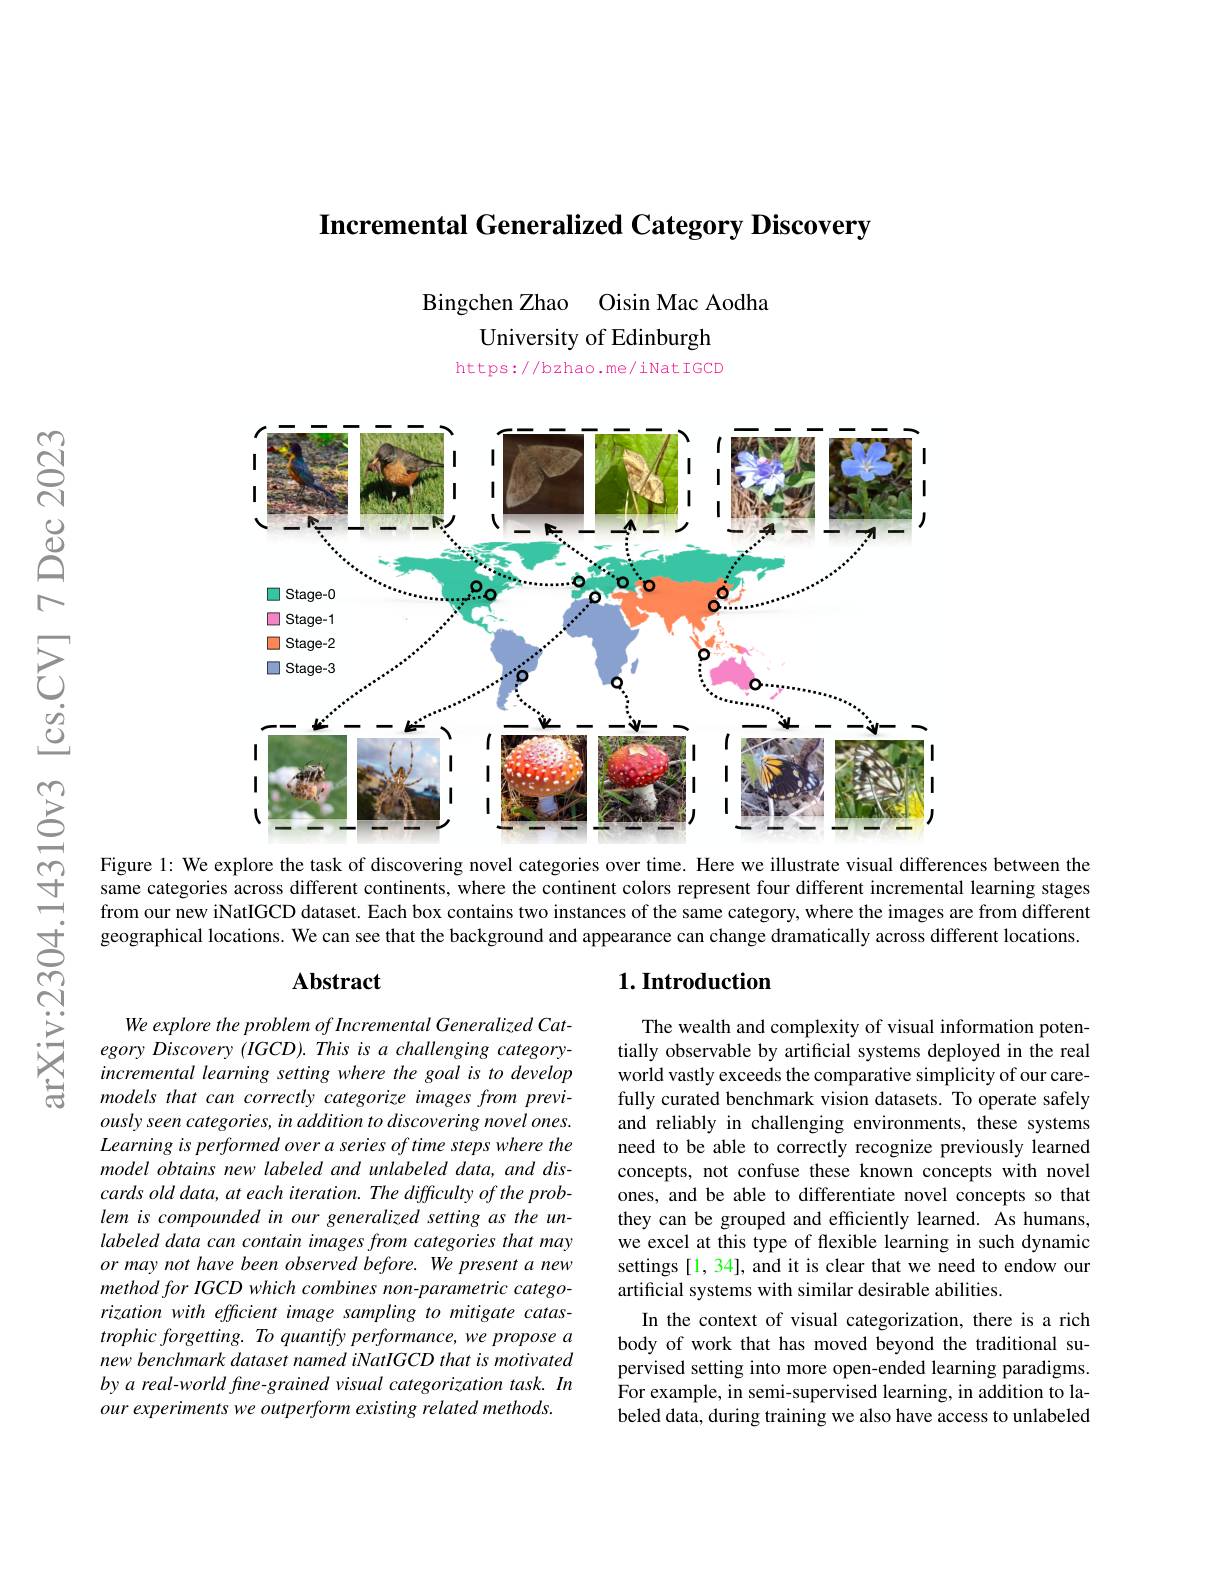
Incremental Generalized Category Discovery

Bingchen Zhao Oisin Mac Aodha
University of Edinburgh https://bzhao.me/iNatIGCD

<FigureHere>
Figure l: We explore the task of discovering novel categories over time. Here we illustrate visual differences between the

same categories across different continents, where the continent colors represent four different incremental learning stages from our new iNatIGCD dataset. Each box contains two instances of the same category, where the images are from different geographical locations. We can see that the background and appearance can change dramatically across different locations.

### $\mathbf{Abstract}$

### $1. \textbf{Introduction}$

We explore the problem of Incremental Generalized Category Discovery (IGCD). This is a challenging categoryincremental learning setting where the goal is to develop models that can correctly categorize images from previ- $ously\textit{ seen categories, in addition to discovering novel ones. }$ Learning is performed over a series of time steps where the model obtains new labeled and unlabeled data, and discards old data, at each iteration. The difficulty of the problem is compounded in our generalized setting as the unlabeled data can contain images from categories that may or may not have been observed before. We present a new method for IGCD which combines non-parametric categorization with efficient image sampling to mitigate catas- $trophicforgetting.Toquantifyperformance,weproposea$ new benchmark dataset named iNatIGCD that is motivated by a real-world fine- grained visual categorization task. In our experiments we outperform existing related methods.

The wealth and complexity of visual information potentially observable by artificial systems deployed in the real world vastly exceeds the comparative simplicity of our carefully curated benchmark vision datasets. To operate safely and reliably in challenging environments, these systems need to be able to correctly recognize previously learned concepts, not confuse these known concepts with novel ones, and be able to differentiate novel concepts so that they can be grouped and efficiently learned. As humans, we excel at this type of flexible learning in such dynamic settings [1, 34], and it is clear that we need to endow our artificial systems with similar desirable abilities.
In the context of visual categorization, there is a rich body of work that has moved beyond the traditional supervised setting into more open-ended learning paradigms. For example, in semi-supervised learning, in addition to labeled data, during training we also have access to unlabeled